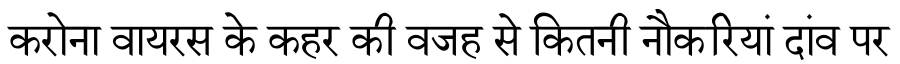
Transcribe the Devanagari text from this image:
करोना वायरस के कहर की वजह से कितनी नौकरियां दांव पर